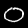
Digit: 0